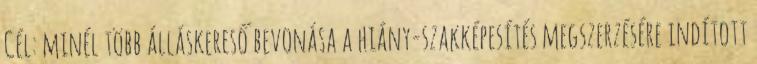
Cél: minél több álláskereső bevonása a hiány-szakképesítés megszerzésére indított